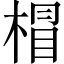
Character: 𣔺